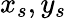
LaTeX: x_{s},y_{s}